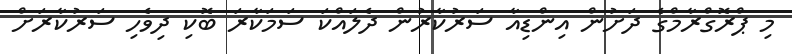
މި ޕްރޮގްރާމްގެ ދަށުން އިންޑިއާ ސަރުކާރުން ދެލައްކަ ސަމަކާރަ ބޮކި ދިވެހި ސަރުކާރަށް